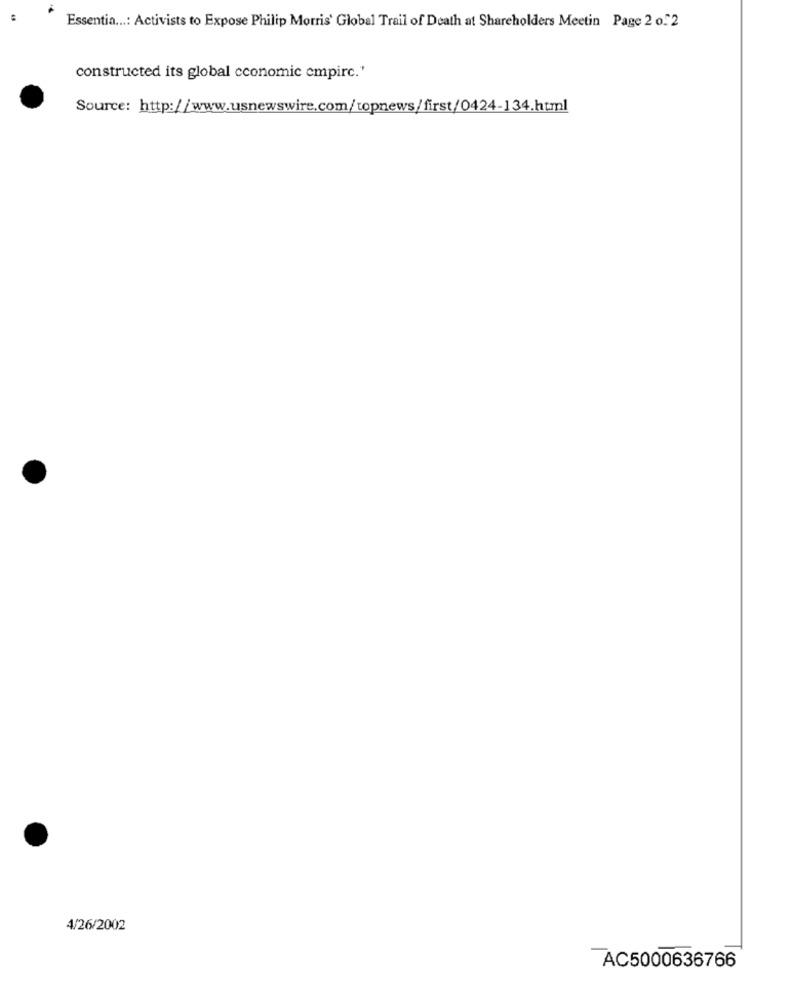
Essentia ...: Activists to Expose Philip Morris' Global Trail of Death at Shareholders Meetin Page 2 o."2
constructed its global cconomic empire.'
Source: http://www.usnewswire.com/topnews/first/0424-134.html
4/26/2002
AC5000636766